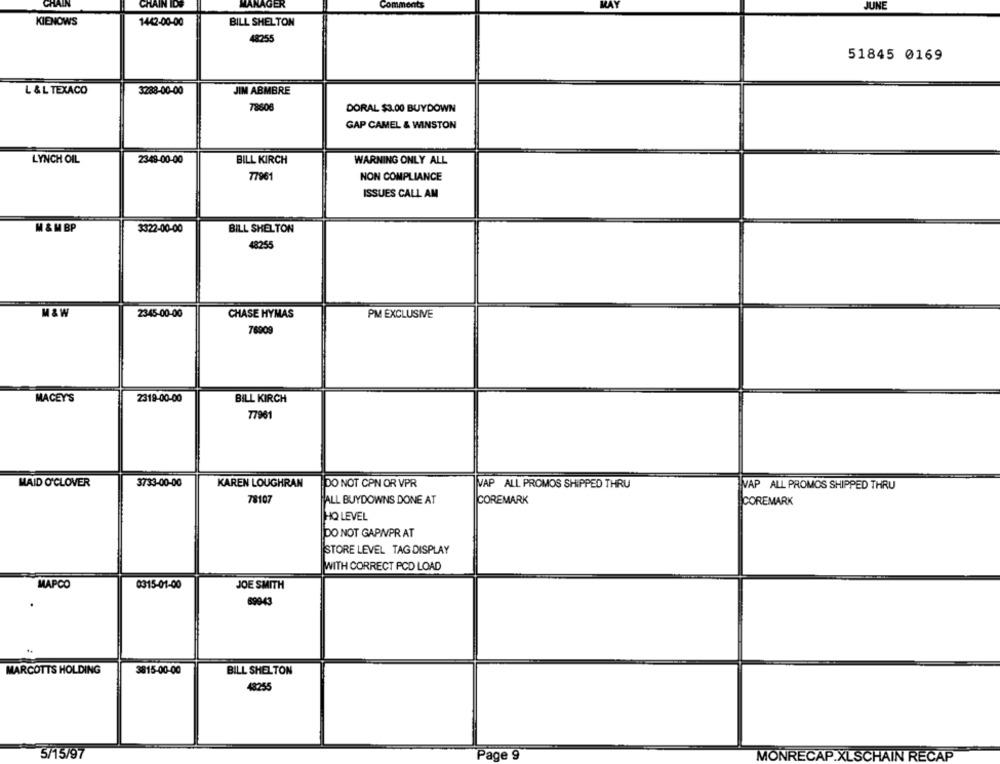
CHAIN IDS
MANAGER
Comments
JUNE
KIENOWS
1442-00-00
BILL SHELTON
48255
51845 0169
L & L TEXACO
3288-00-00
JIM ABMBRE
78606
DORAL $3.00 BUYDOWN
GAP CAMEL & WINSTON
LYNCH OIL
2348-00-00
BILL KIRCH
WARNING ONLY ALL
77961
NON COMPLIANCE
ISSUES CALL AM
M & M BP
3322-00-00
BILL SHELTON
48255
M& W
2345-00-00
CHASE HYMAS
PM EXCLUSIVE
7690
MACEY'S
2319-00-00
BILL KIRCH
77961
KAREN LOUGHRAN
MAID O'CLOVER
3733-00-00
DO NOT CPN OR VPR
VAP ALL PROMOS SHIPPED THRU
VAP ALL PROMOS SHIPPED THRU
78107
ALL BUYDOWNS DONE AT
COREMARK
COREMARK
HO LEVEL
DO NOT GAPNPR AT
STORE LEVEL TAG DISPLAY
WITH CORRECT PCD LOAD
MAPCO
0315-01-00
JOE SMITH
69943
MARCOTTS HOLDING
3815-00-00
BILL SHELTON
48255
5/15/97
Page 9
MONRECAP.XLSCHAIN RECAP